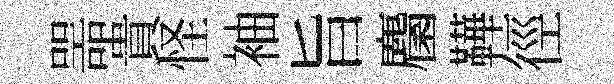
噐貴怪袖旨麕鞾徑